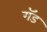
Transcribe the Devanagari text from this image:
गॅड